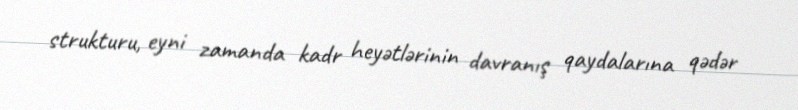
strukturu, eyni zamanda kadr heyətlərinin davranış qaydalarına qədər